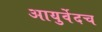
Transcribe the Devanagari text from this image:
आयुर्वेदच